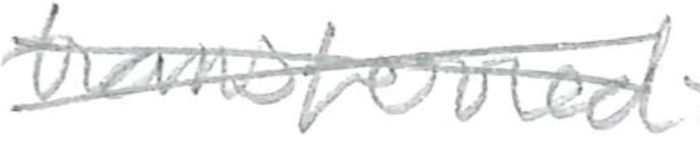
Text: transferred
Cross-out: cross
Writing tool: pencil